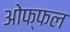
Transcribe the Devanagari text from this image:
ओफ्फल